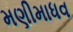
મણીમાધવ